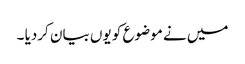
میں نے موضوع کو یوں بیان کردیا ۔